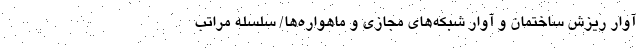
آوار ریزش ساختمان و آوار شبکه‌های مجازی و ماهواره‌ها/ سلسله مراتب